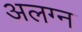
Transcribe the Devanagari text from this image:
अलग्न